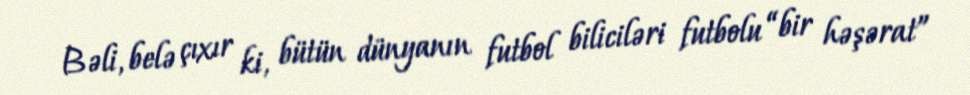
Bəli, belə çıxır ki, bütün dünyanın futbol biliciləri futbolu “bir həşərat”